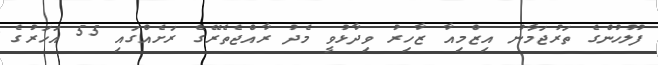
ފުލުހުންގެ ތަރުޖަމާނު އިޒްމިއާ ޒާހިރު ވިދާޅުވީ މެދު ރާއްޖެތެރޭގެ ރަށެއްގައި 55 އަހަރުގެ